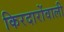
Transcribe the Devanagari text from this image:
किरदारोंवाली